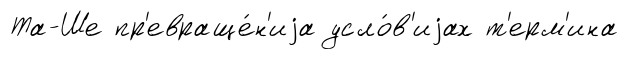
Та-Ше пр'евраще́н'иjа усло́в'иjах т'ерм'ина